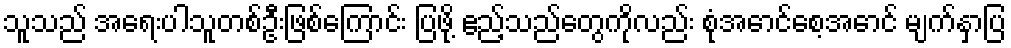
သူသည် အရေးပါသူတစ်ဦးဖြစ်ကြောင်း ပြဖို့ ဧည့်သည်တွေကိုလည်း စုံအောင်စေ့အောင် မျက်နှာပြ